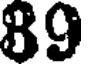
89